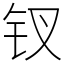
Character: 钗